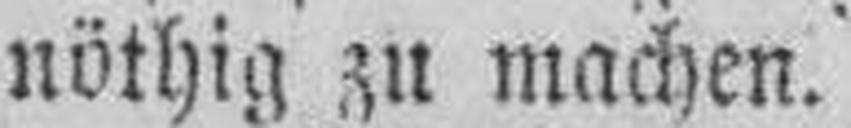
nöthig zu machen.